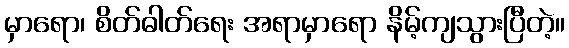
မှာရော၊ စိတ်ဓါတ်ရေး အရာမှာရော နိမ့်ကျသွားပြီတဲ့။